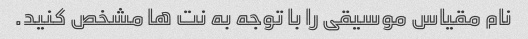
نام مقیاس موسیقی را با توجه به نت ها مشخص کنید.